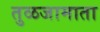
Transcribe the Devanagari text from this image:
तुळजामाता